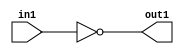
`timescale 1ps / 1ps
/*****************************************************************************
    Verilog RTL Description
    
    
    Created by: Stratus DpOpt 2019.1.01 
*******************************************************************************/

module GaussFilter_Not_1U_1U_4_0 (
	in1,
	out1
	); /* architecture "behavioural" */ 
input  in1;
output  out1;
wire  asc001;

assign asc001 = 
	((~in1));

assign out1 = asc001;
endmodule

/* CADENCE  urXySg8= : u9/ySgnWtBlWxVPRXgAZ4Og= ** DO NOT EDIT THIS LINE ******/